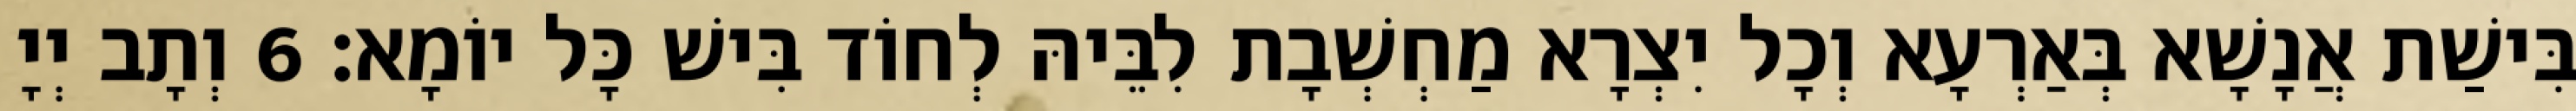
בִּישַׁת אֲנָשָׁא בְּאַרְעָא וְכָל יִצְרָא מַחְשְׁבָת לִבֵּיהּ לְחוֹד בִּישׁ כָּל יוֹמָא׃ 6 וְתָב יְיָ